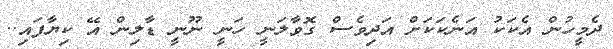
ދެމީހުން އެކަކު އަނެކަކަށް އަދިވެސް ގޮވާލަނީ ހަނީ ނޫނީ ޑާލިން އޭ ކިޔާފައި..